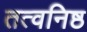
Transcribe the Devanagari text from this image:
तत्वनिष्ठ